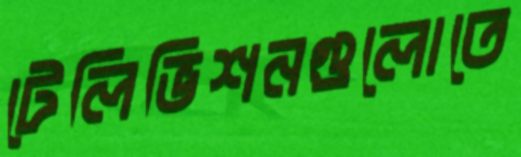
টেলিভিশনগুলোতে